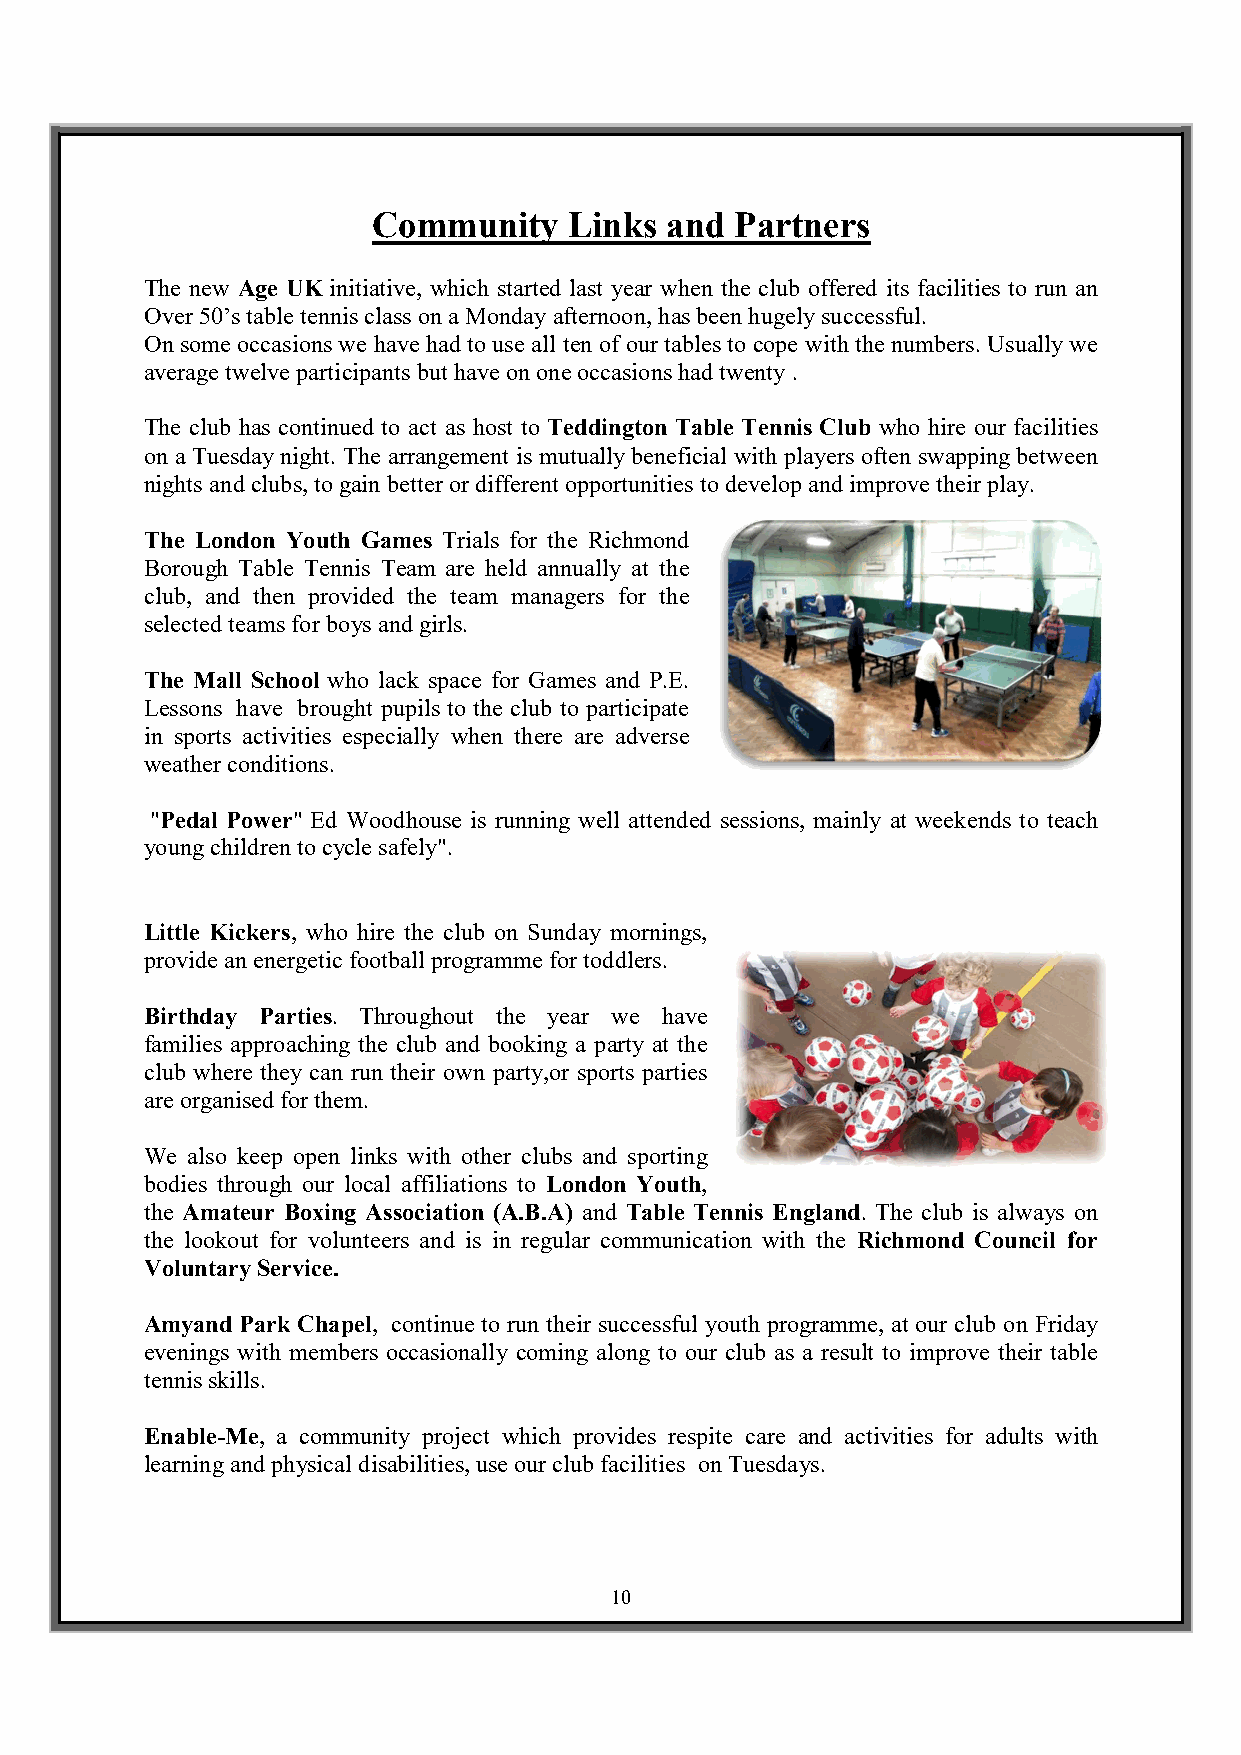
Community    Links and  Partners
 The new Age UK initiative, which started last year when the club offered its facilities to run an
 Over 50’s table tennis class on a Monday afternoon, has been hugely successful.
 On some occasions we have had to use all ten of our tables to cope with the numbers. Usually we
 average twelve participants but have on one occasions had twenty .
 The club has continued to act as host to Teddington Table Tennis Club who hire our facilities
 on a Tuesday night. The arrangement is mutually beneficial with players often swapping between
 nights and clubs, to gain better or different opportunities to develop and improve their play.
 The London Youth Games Trials for the Richmond
 Borough Table Tennis Team are held annually at the
 club, and then provided the team managers for the
 selected teams for boys and girls.
 The Mall School who lack space for Games and P.E.
 Lessons have brought pupils to the club to participate
 in sports activities especially when there are adverse
 weather conditions.
 "Pedal Power" Ed Woodhouse is running well attended sessions, mainly at weekends to teach
 young children to cycle safely".
 Little Kickers, who hire the club on Sunday mornings,
 provide an energetic football programme for toddlers.
 Birthday Parties. Throughout the year we have
 families approaching the club and booking a party at the
 club where they can run their own party,or sports parties
 are organised for them.
 We also keep open links with other clubs and sporting
 bodies through our local affiliations to London Youth,
 the Amateur Boxing Association (A.B.A) and Table Tennis England. The club is always on
 the lookout for volunteers and is in regular communication with the Richmond Council for
 Voluntary Service.
 Amyand Park Chapel, continue to run their successful youth programme, at our club on Friday
 evenings with members occasionally coming along to our club as a result to improve their table
 tennis skills.
 Enable-Me, a community project which provides respite care and activities for adults with
 learning and physical disabilities, use our club facilities on Tuesdays.
 10